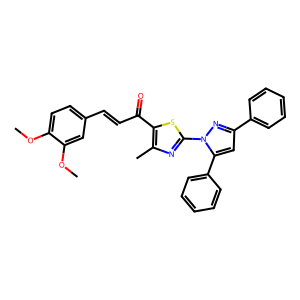
SMILES: COc1ccc(C=CC(=O)c2sc(-n3nc(-c4ccccc4)cc3-c3ccccc3)nc2C)cc1OC
Inhibits HIV replication: No